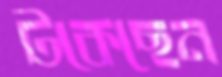
টকেছেন